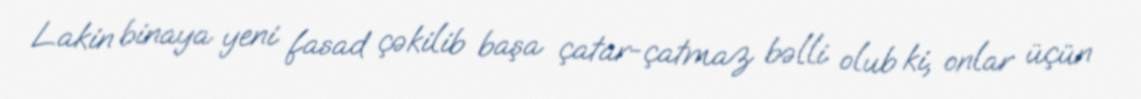
Lakin binaya yeni fasad çəkilib başa çatar-çatmaz bəlli olub ki, onlar üçün